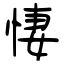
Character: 悽